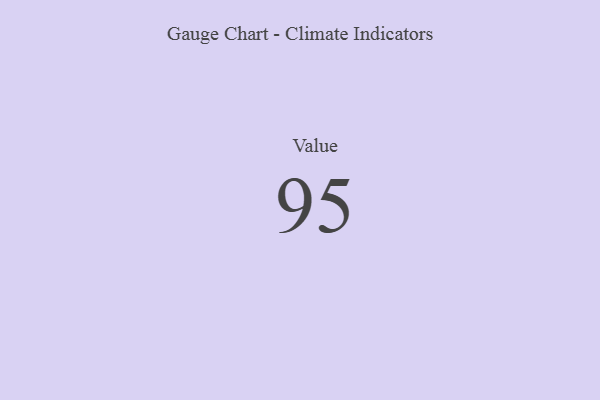
{"axis": {"x": "Metric", "y": "Value"}, "legend": [""], "data": [{"x": "Value", "y": 95, "type": ""}]}